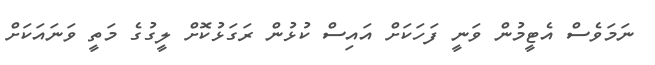
ނަމަވެސް އެޓީމުން ވަނީ ފަހަކަށް އައިސް ކުޅުން ރަގަޅުކޮށް ލީގުގެ މަތީ ވަނައަކަށް